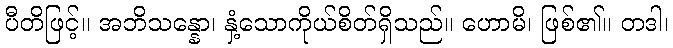
ပီတိဖြင့်။ အဘိသန္နော၊ နှံ့သောကိုယ်စိတ်ရှိသည်။ ဟောမိ၊ ဖြစ်၏။ တဒါ၊